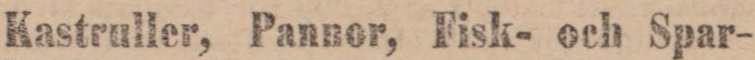
Kastruller, Pannor, Fisk- och Spar-